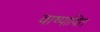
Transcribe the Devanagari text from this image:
वाष्पायित